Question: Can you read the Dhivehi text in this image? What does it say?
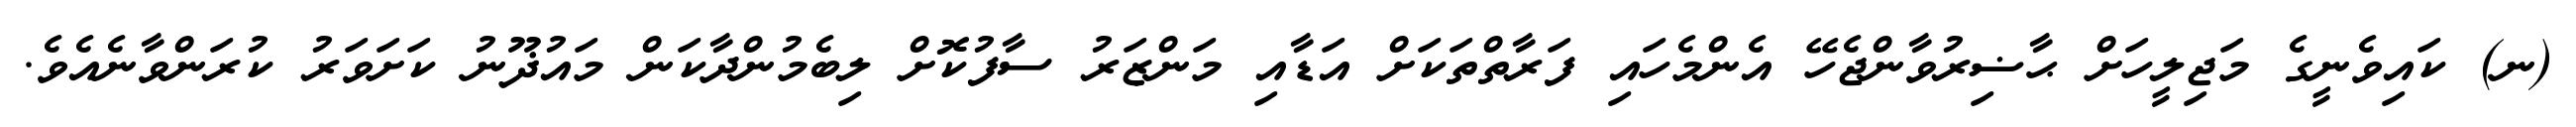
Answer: (ނ) ކައިވެނީގެ މަޖިލީހަށް ޙާޟިރުވާންޖެހޭ އެންމެހައި ފަރާތްތަކަށް އަޑާއި މަންޒަރު ސާފުކޮށް ލިބެމުންދާކަން މައުޛޫނު ކަށަވަރު ކުރަންވާނެއެވެ.